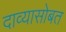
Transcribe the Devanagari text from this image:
दाव्यासोबत